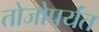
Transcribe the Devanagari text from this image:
तोजोपर्यंत